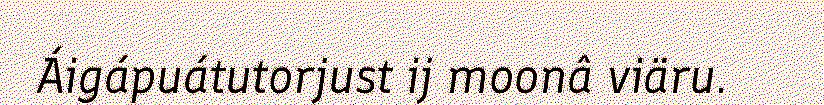
Áigápuátutorjust ij moonâ viäru.